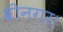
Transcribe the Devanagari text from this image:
श्रीनगर।